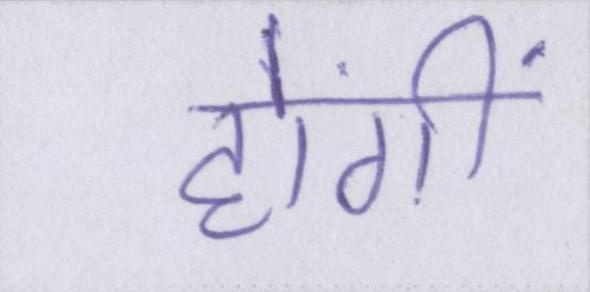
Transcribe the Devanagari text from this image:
होंगीं